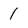
Character: 1